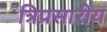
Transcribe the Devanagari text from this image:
त्रिप्रसारीय